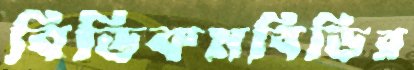
বিডিকমবিডির